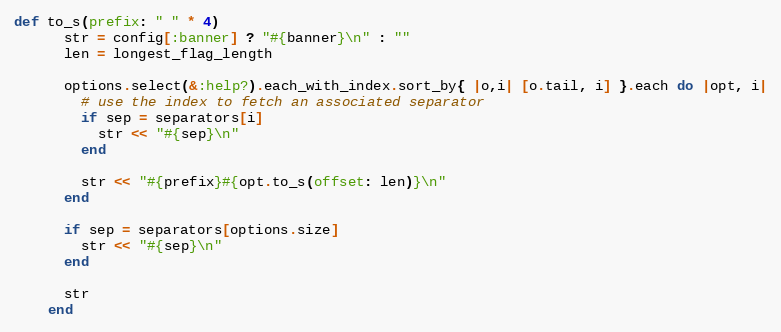
Language: Ruby
def to_s(prefix: " " * 4)
      str = config[:banner] ? "#{banner}\n" : ""
      len = longest_flag_length

      options.select(&:help?).each_with_index.sort_by{ |o,i| [o.tail, i] }.each do |opt, i|
        # use the index to fetch an associated separator
        if sep = separators[i]
          str << "#{sep}\n"
        end

        str << "#{prefix}#{opt.to_s(offset: len)}\n"
      end

      if sep = separators[options.size]
        str << "#{sep}\n"
      end

      str
    end